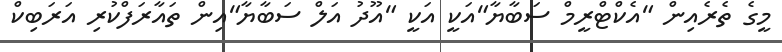
މީގެ ތެރެއިން "އެކްޓްރީމް ސަބާޔާ"އަކީ އަކީ "އޫދު އަލް ސަބާޔާ"އިން ތައާރަފްކުރި އަރަބިކް